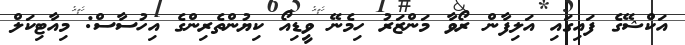
އަކްޝޭގެ ފައިގައި އަލިފާން ރޯވާ މަންޒަރު ހިމެނޭ ވީޑިއޯ ކިޔުންތެރިންގެ އިހުސާސް: މިއާޓިކަލް